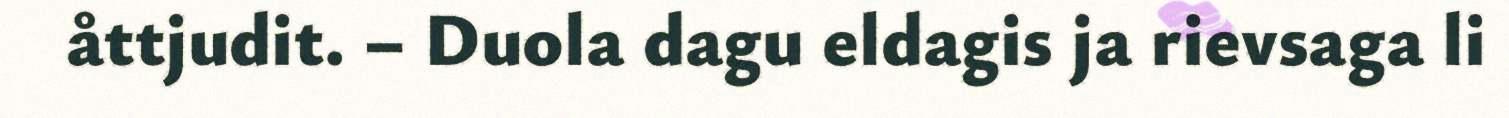
åttjudit. – Duola dagu eldagis ja rievsaga li